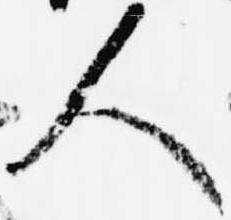
人